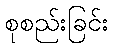
စုစည်းခြင်း